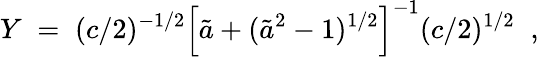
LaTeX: Y\; =\; (c/2)^{-1/2}\left[\tilde{a}+(\tilde{a}^{2}-1)^{1/2}\right]^{-1}(c/2)^{1/2}\; \; ,